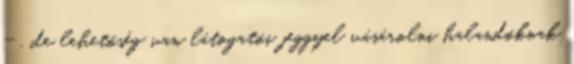
- , de lehetőség van látogatói jeggyel vásárolni halandóknak